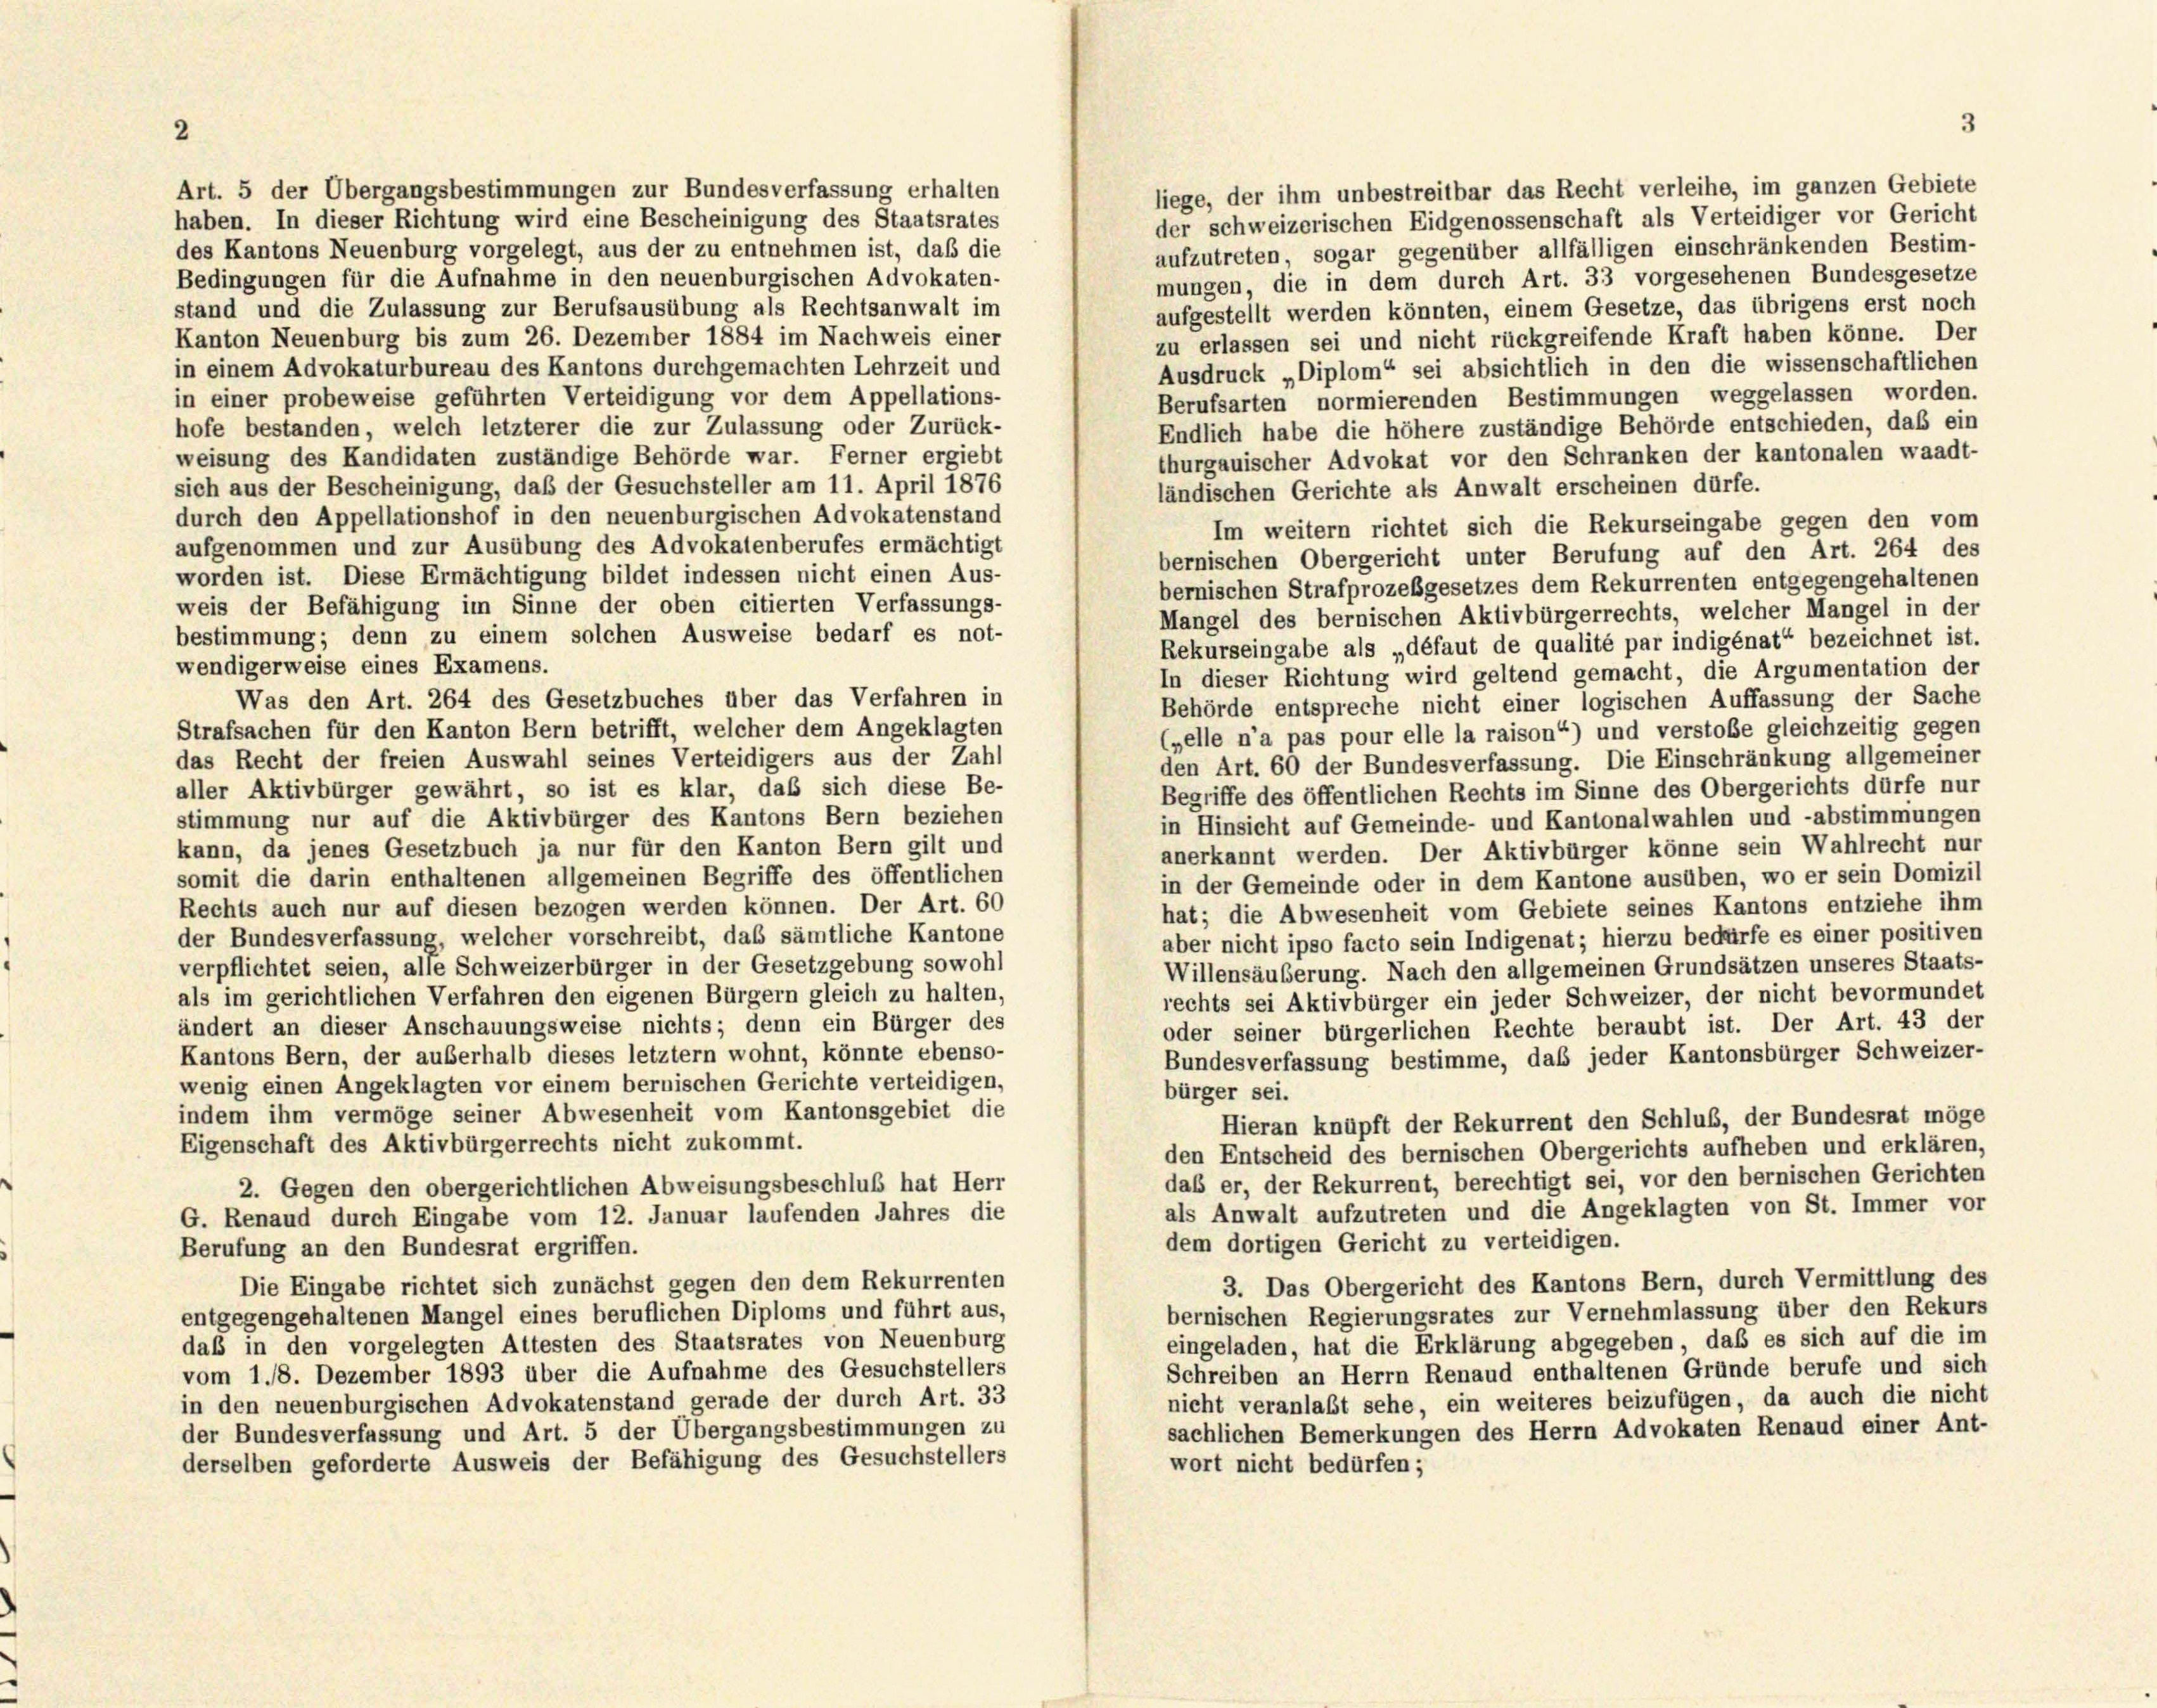
2

Art. 5 der Übergangsbestimmungen zur Bundesverfassung erhalten

liege, der ihm unbestreitbar das Recht verleihe, im ganzen Gebiete
der schweizerischen Eidgenossenschaft als Verteidiger vor Gericht
haben. In dieser Richtung wird eine Bescheinigung des Staatsrates
des Kantons Neuenburg vorgelegt, aus der zu entnehmen ist, daß die
aufzutreten, sogar gegenüber allfälligen einschränkenden Bestim-
mungen, die in dem durch Art. 33 vorgesehenen Bundesgesetze
Bedingungen für die Aufnahme in den neuenburgischen Advokaten-
stand und die Zulassung zur Berufsausübung als Rechtsanwalt im
aufgestellt werden könnten, einem Gesetze, das übrigens erst noch
Kanton Neuenburg bis zum 26. Dezember 1884 im Nachweis einer
zu erlassen sei und nicht rückgreifende Kraft haben könne. Der
in einem Advokaturbureau des Kantons durchgemachten Lehrzeit und
Ausdruck „Diplom“ sei absichtlich in den die wissenschaftlichen
Berufsarten normierenden Bestimmungen weggelassen worden.
in einer probeweise geführten Verteidigung vor dem Appellations-
hofe bestanden, welch letzterer die zur Zulassung oder Zurück-
Endlich habe die höhere zuständige Behörde entschieden, daß ein
weisung des Kandidaten zuständige Behörde war. Ferner ergiebt
thurgauischer Advokat vor den Schranken der kantonalen waadt-
sich aus der Bescheinigung, daß der Gesuchsteller am 11. April 1876
ländischen Gerichte als Anwalt erscheinen dürfe.
durch den Appellationshof in den neuenburgischen Advokatenstand
Im weitern richtet sich die Rekurseingabe gegen den vom
aufgenommen und zur Ausübung des Advokatenberufes ermächtigt
bernischen Obergericht unter Berufung auf den Art. 264 des
worden ist. Diese Ermächtigung bildet indessen nicht einen Aus-
bernischen Strafprozeßgesetzes dem Rekurrenten entgegengehaltenen
weis der Befähigung im Sinne der oben citierten Verfassungs-
Mangel des bernischen Aktivbürgerrechts, welcher Mangel in der
bestimmung; denn zu einem solchen Ausweise bedarf es not-
Rekurseingabe als „défaut de qualité par indigénat“ bezeichnet ist.
wendigerweise eines Examens.
In dieser Richtung wird geltend gemacht, die Argumentation der
Was den Art. 264 des Gesetzbuches über das Verfahren in
Behörde entspreche nicht einer logischen Auffassung der Sache
Strafsachen für den Kanton Bern betrifft, welcher dem Angeklagten
(pelle n’a pas pour elle la raison“) und verstobe gleichzeitig gegen
das Recht der freien Auswahl seines Verteidigers aus der Zahl
den Art. 60 der Bundesverfassung. Die Einschränkung allgemeiner
aller Aktivbürger gewährt, so ist es klar, daß sich diese Be-
Begriffe des öffentlichen Rechts im Sinne des Obergerichts dürfe nur
stimmung nur auf die Aktivbürger des Kantons Bern beziehen
in Hinsicht auf Gemeinde- und Kantonalwahlen und -abstimmungen
kann, da jenes Gesetzbuch ja nur für den Kanton Bern gilt und
anerkannt werden. Der Aktivbürger könne sein Wahlrecht nur
somit die darin enthaltenen allgemeinen Begriffe des öffentlichen
in der Gemeinde oder in dem Kantone ausüben, wo er sein Domizil
Rechts auch nur auf diesen bezogen werden können. Der Art. 60
hat; die Abwesenheit vom Gebiete seines Kantons entziehe ihm
der Bundesverfassung, welcher vorschreibt, das sämtliche Kantone
aber nicht ipso facto sein Indigenat; hierzu bedürfe es einer positiven
verpflichtet seien, alle Schweizerbürger in der Gesetzgebung sowohl
Willensäuberung. Nach den allgemeinen Grundsätzen unseres Staats-
als im gerichtlichen Verfahren den eigenen Bürgern gleich zu halten,
rechts sei Aktivbürger ein jeder Schweizer, der nicht bevormundet
ändert an dieser Anschauungsweise nichts; denn ein Bürger des
oder seiner bürgerlichen Rechte beraubt ist. Der Art. 43 der
Kantons Bern, der außerhalb dieses letztem wohnt, könnte ebenso-
Bundesverfassung bestimme, daß jeder Kantonsbürger Schweizer-
wenig einen Angeklagten vor einem bernischen Gerichte verteidigen,
bürger sei.
indem ihm vermöge seiner Abwesenheit vom Kantonsgebiet die
Hieran knüpft der Rekurrent den Schluß, der Bundesrat möge
Eigenschaft des Aktivbürgerrechts nicht zukommt.
den Entscheid des bernischen Obergerichts aufheben und erklären,
daß er, der Rekurrent, berechtigt sei, vor den bernischen Gerichten
2. Gegen den obergerichtlichen Abweisungsbeschluß hat Herr
als Anwalt aufzutreten und die Angeklagten von St. Immer vor
G. Renaud durch Eingabe vom 12. Januar laufenden Jahres die
dem dortigen Gericht zu verteidigen.
Berufung an den Bundesrat ergriffen.
3. Das Obergericht des Kantons Bern, durch Vermittlung des
Die Eingabe richtet sich zunächst gegen den dem Rekurrenten
bernischen Regierungsrates zur Vernehmlassung über den Rekurs
entgegengehaltenen Mangel eines beruflichen Diploms und führt aus,
eingeladen, hat die Erklärung abgegeben, daß es sich auf die im
daß in den vorgelegten Attesten des Staatsrates von Neuenburg
Schreiben an Herrn Renaud enthaltenen Gründe berufe und sich
vom 1./18. Dezember 1893 über die Aufnahme des Gesuchstellers
nicht veranlaßt sehe, ein weiteres beizufügen, da auch die nicht
in den neuenburgischen Advokatenstand gerade der durch Art. 33
sachlichen Bemerkungen des Herrn Advokaten Renaud einer Ant-
der Bundesverfassung und Art. 5 der Übergangsbestimmungen zu
derselben geforderte Ausweis der Befähigung des Gesuchstellers
wort nicht bedürfen;